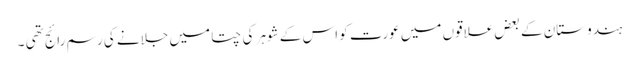
ہندوستان کے بعض علاقوں میں عورت کو اس کے شوہر کی چتا میں جلانے کی رسم رائج تھی ۔